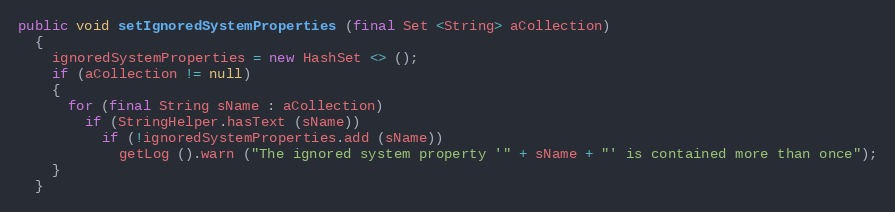
Language: Java
public void setIgnoredSystemProperties (final Set <String> aCollection)
  {
    ignoredSystemProperties = new HashSet <> ();
    if (aCollection != null)
    {
      for (final String sName : aCollection)
        if (StringHelper.hasText (sName))
          if (!ignoredSystemProperties.add (sName))
            getLog ().warn ("The ignored system property '" + sName + "' is contained more than once");
    }
  }